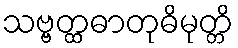
သဗ္ဗတ္ထဓာတုဓိမုတ္တိ